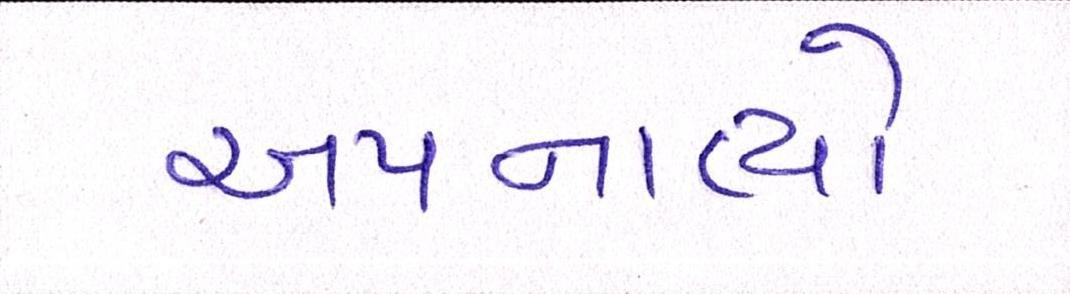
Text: અપનાવ્યો